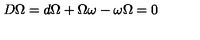
D \Omega = d \Omega + \Omega \omega - \omega \Omega = 0